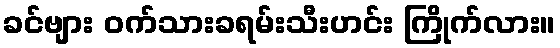
ခင်ဗျား ဝက်သားခရမ်းသီးဟင်း ကြိုက်လား။